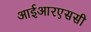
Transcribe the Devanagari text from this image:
आईआरएससी